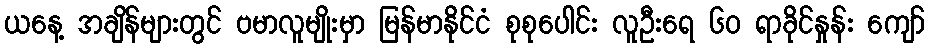
ယနေ့ အချိန်များတွင် ဗမာလူမျိုးမှာ မြန်မာနိုင်ငံ စုစုပေါင်း လူဦးရေ ၆၀ ရာခိုင်နှုန်း ကျော်